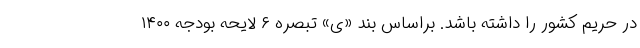
در حریم کشور را داشته باشد. براساس بند «ی» تبصره ۶ لایحه بودجه ۱۴۰۰